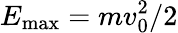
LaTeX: E_{\textrm{max}}=mv_{0}^{2}/2